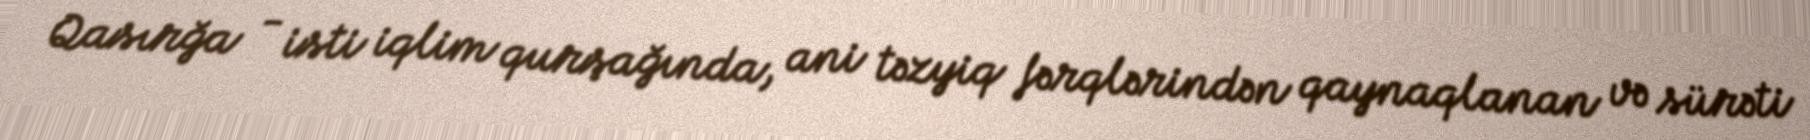
Qasırğa - isti iqlim qurşağında, ani təzyiq fərqlərindən qaynaqlanan və sürəti